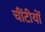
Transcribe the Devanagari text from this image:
चींटीयों